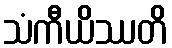
သံကီယိဿတိ